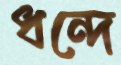
ধন্দে